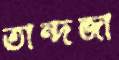
তান্দজা